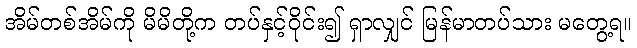
အိမ်တစ်အိမ်ကို မိမိတို့က တပ်နှင့်ဝိုင်း၍ ရှာလျှင် မြန်မာတပ်သား မတွေ့ရ။